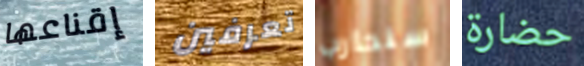
إقناعها تعرفين سنحارب حضارة